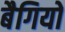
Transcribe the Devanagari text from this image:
बैगियो